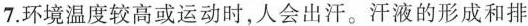
7.环境温度较高或运动时，人会出汗。汗液的形成和排